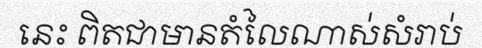
នេះ ពិតជាមានតំលៃណាស់សំរាប់